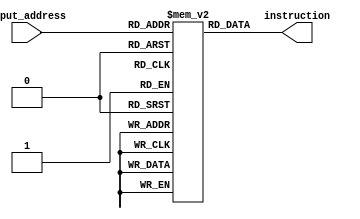
`timescale 1ns / 1ps
//////////////////////////////////////////////////////////////////////////////////
// Company: 
// Engineer: 
// 
// Design Name: 
// Module Name: Instruction_memory
// Project Name: 
// Target Devices: 
// Tool Versions: 
// Description: 
// 
// Dependencies: 
// 
// Revision:
// Revision 0.01 - File Created
// Additional Comments:
// 
//////////////////////////////////////////////////////////////////////////////////


module Instruction_memory(
    input [7:0] input_address,
    output [7:0] instruction
    );
    integer i;
    reg[7:0] memory[255:0];
    wire[7:0] memory_address;
    
    initial begin
    for(i = 0; i < 256; i = i + 1)begin
     memory[i] = 0;
    end
    memory[0] = 8'b10000010; //addi r0, r0, 2
    memory[1] = 8'b10000010; //addi r0, r0, 2
    memory[2] = 8'b10011010; //addi r1, r1, 2
    memory[3] = 8'b01110000; //add r1, r1, r0
    memory[4] = 8'b00101000; //sw r0, 0(r1)
    memory[5] = 8'b10000110; //addi r0, r0, -2
    memory[6] = 8'b00001000; //lw r0, 0(r1)
    memory[7] = 8'b10101000; //sub r0, r0, r1
    memory[8] = 8'b01010000; //jmp 0x10
    memory[16] = 8'b10011101;//addi r1, r1, -3
    memory[17] = 8'b00001011;//lw r0, 3(r1)
    end
    
    assign instruction = memory[input_address];
    
    
endmodule